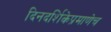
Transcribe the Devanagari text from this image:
दिनदर्शिकेप्रमाणेच